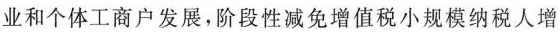
业和个体工商户发展，阶段性减免增值税小规模纳税人增